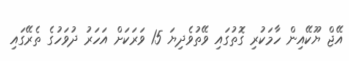
އޭޖް ޔޫކޭއިން ހާމަކުރި ގޮތުގައި ވޭތުވެދިޔަ 15 ވަރަކަށް އަހަރު ދުވަހުގެ ތެރޭގައި